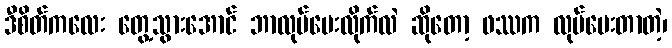
ဒီစိတ်ကလေး တွေ့သွားအောင် ဘာလုပ်ပေးလိုက်လဲ ဆိုတော့ ဖဿက လုပ်ပေးတာတဲ့၊